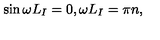
\sin \omega L _ { I } = 0 , \omega L _ { I } = \pi n ,